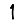
Digit: 1